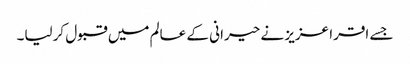
جسے اقرا عزیز نے حیرانی کے عالم میں قبول کرلیا۔